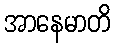
အာနေမာတိ